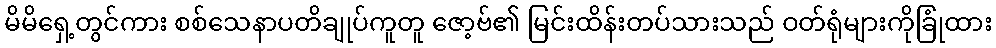
မိမိရှေ့တွင်ကား စစ်သေနာပတိချုပ်ကူတူ ဇော့ဗ်၏ မြင်းထိန်းတပ်သားသည် ဝတ်ရုံများကိုခြုံထား